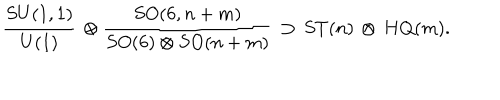
{ \frac { S U ( 1 , 1 ) } { U ( 1 ) } } \, \otimes { \frac { S O ( 6 , n + m ) } { S O ( 6 ) \otimes S O ( n + m ) } } \, \supset \, S T ( n ) \, \otimes \, H Q ( m ) .